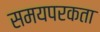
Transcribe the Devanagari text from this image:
समयपरकता